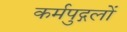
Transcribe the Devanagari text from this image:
कर्मपुद्गलों